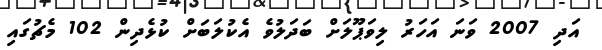
އަދި 2007 ވަނަ އަހަރު ލިވަޕޫލަށް ބަދަލުވެ އެކުލަބަށް ކުޅެދިން 102 މެޗުގައި